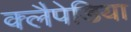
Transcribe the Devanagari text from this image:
क्लैपेडिया